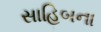
સાહિબના